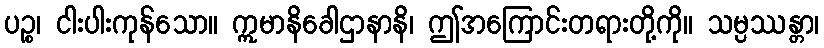
ပဉ္စ၊ ငါးပါးကုန်သော။ ဣမာနိခေါဌာနာနိ၊ ဤအကြောင်းတရားတို့ကို။ သမ္ပဿန္တာ၊